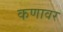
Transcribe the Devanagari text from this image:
कणावर